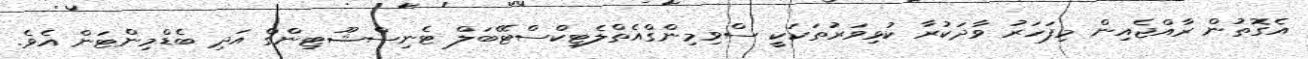
އެގޮތުން ރާއްޖެއިން މިފަހަރު ވާދަކުރާ ކުޅިވަރުތަކަކީ ސްވިމިންގްއެތްލެޓިކްސްޓޭބަލް ޓެނިސްޝޫޓިންގް އަދި ބެޑްމިންޓަން އެވެ.